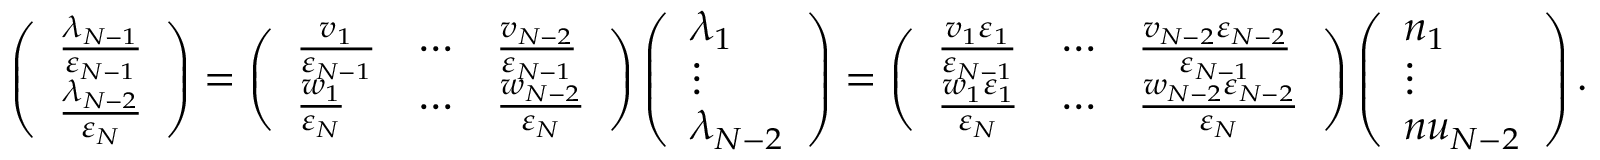
\left( \begin{array} { l } { \frac { \lambda _ { N - 1 } } { \varepsilon _ { N - 1 } } } \\ { \frac { \lambda _ { N - 2 } } { \varepsilon _ { N } } } \end{array} \right) = \left( \begin{array} { l l l } { \frac { v _ { 1 } } { \varepsilon _ { N - 1 } } } & { \cdots } & { \frac { v _ { N - 2 } } { \varepsilon _ { N - 1 } } } \\ { \frac { w _ { 1 } } { \varepsilon _ { N } } } & { \cdots } & { \frac { w _ { N - 2 } } { \varepsilon _ { N } } } \end{array} \right) \left( \begin{array} { l } { \lambda _ { 1 } } \\ { \vdots } \\ { \lambda _ { N - 2 } } \end{array} \right) = \left( \begin{array} { l l l } { \frac { v _ { 1 } \varepsilon _ { 1 } } { \varepsilon _ { N - 1 } } } & { \cdots } & { \frac { v _ { N - 2 } \varepsilon _ { N - 2 } } { \varepsilon _ { N - 1 } } } \\ { \frac { w _ { 1 } \varepsilon _ { 1 } } { \varepsilon _ { N } } } & { \cdots } & { \frac { w _ { N - 2 } \varepsilon _ { N - 2 } } { \varepsilon _ { N } } } \end{array} \right) \left( \begin{array} { l } { n _ { 1 } } \\ { \vdots } \\ { n u _ { N - 2 } } \end{array} \right) .